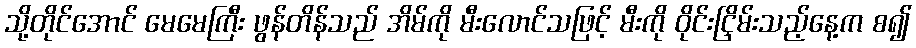
သို့တိုင်အောင် မေမေကြီး ဖွန်တိန်သည် အိမ်ကို မီးလောင်သဖြင့် မီးကို ဝိုင်းငြှိမ်းသည့်နေ့က စ၍